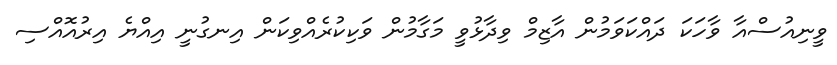
ވީނިއުސްއާ ވާހަކަ ދައްކަވަމުން އާޒިމް ވިދާޅުވީ މަގާމުން ވަކިކުރެއްވިކަން އިނގުނީ އިއްޔެ އިރުއޮއްސި